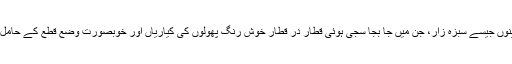
دبیز قالینوں جیسے سبزہ زار، جن میں جا بجا سجی ہوئی قطار در قطار خوش رنگ پھولوں کی کیاریاں اور خوبصورت وضع قطع کے حامل درخت۔